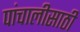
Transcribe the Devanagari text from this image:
पांचालीसाठी